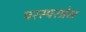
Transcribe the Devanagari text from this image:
परस्परप्रेम